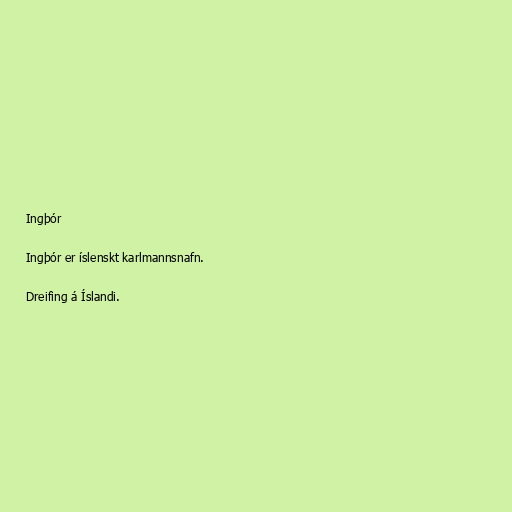
Ingþór

Ingþór er íslenskt karlmannsnafn.

Dreifing á Íslandi.